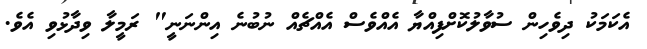
އެކަމަކު ދިވެހިން ސުވާލުކޮށްފިއްޔާ އެއްވެސް އެއްޗެއް ނުބުނެ އިންނަނީ" ރަމީލާ ވިދާޅުވި އެވެ.